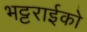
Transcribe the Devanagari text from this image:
भट्टराईको